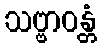
သဗ္ဗာဝန္တံ